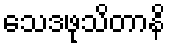
သေဒဖုသိတာနိ